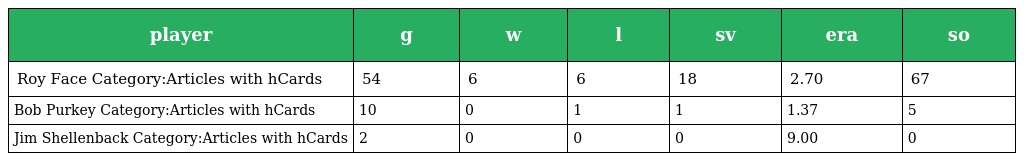
| player | g | w | l | sv | era | so |
 | --- | --- | --- | --- | --- | --- | --- |
 | Roy Face Category:Articles with hCards | 54 | 6 | 6 | 18 | 2.70 | 67 |
 | Bob Purkey Category:Articles with hCards | 10 | 0 | 1 | 1 | 1.37 | 5 |
 | Jim Shellenback Category:Articles with hCards | 2 | 0 | 0 | 0 | 9.00 | 0 |